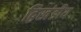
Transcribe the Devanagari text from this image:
द्विखंडीय